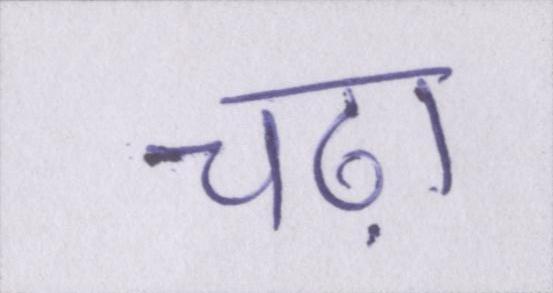
चढ़ा